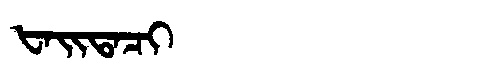
Manchu: ᡶᠠᡳᡨᠠᠴᡳ
Romanization: FAITACI